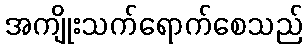
အကျိုးသက်ရောက်စေသည်